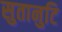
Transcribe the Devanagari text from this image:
सुतानुटि